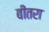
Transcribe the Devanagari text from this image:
बीतरा